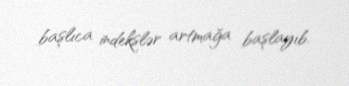
başlıca indekslər artmağa başlayıb.